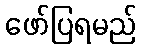
ဖော်ပြရမည်